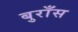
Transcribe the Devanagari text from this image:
बुराँस